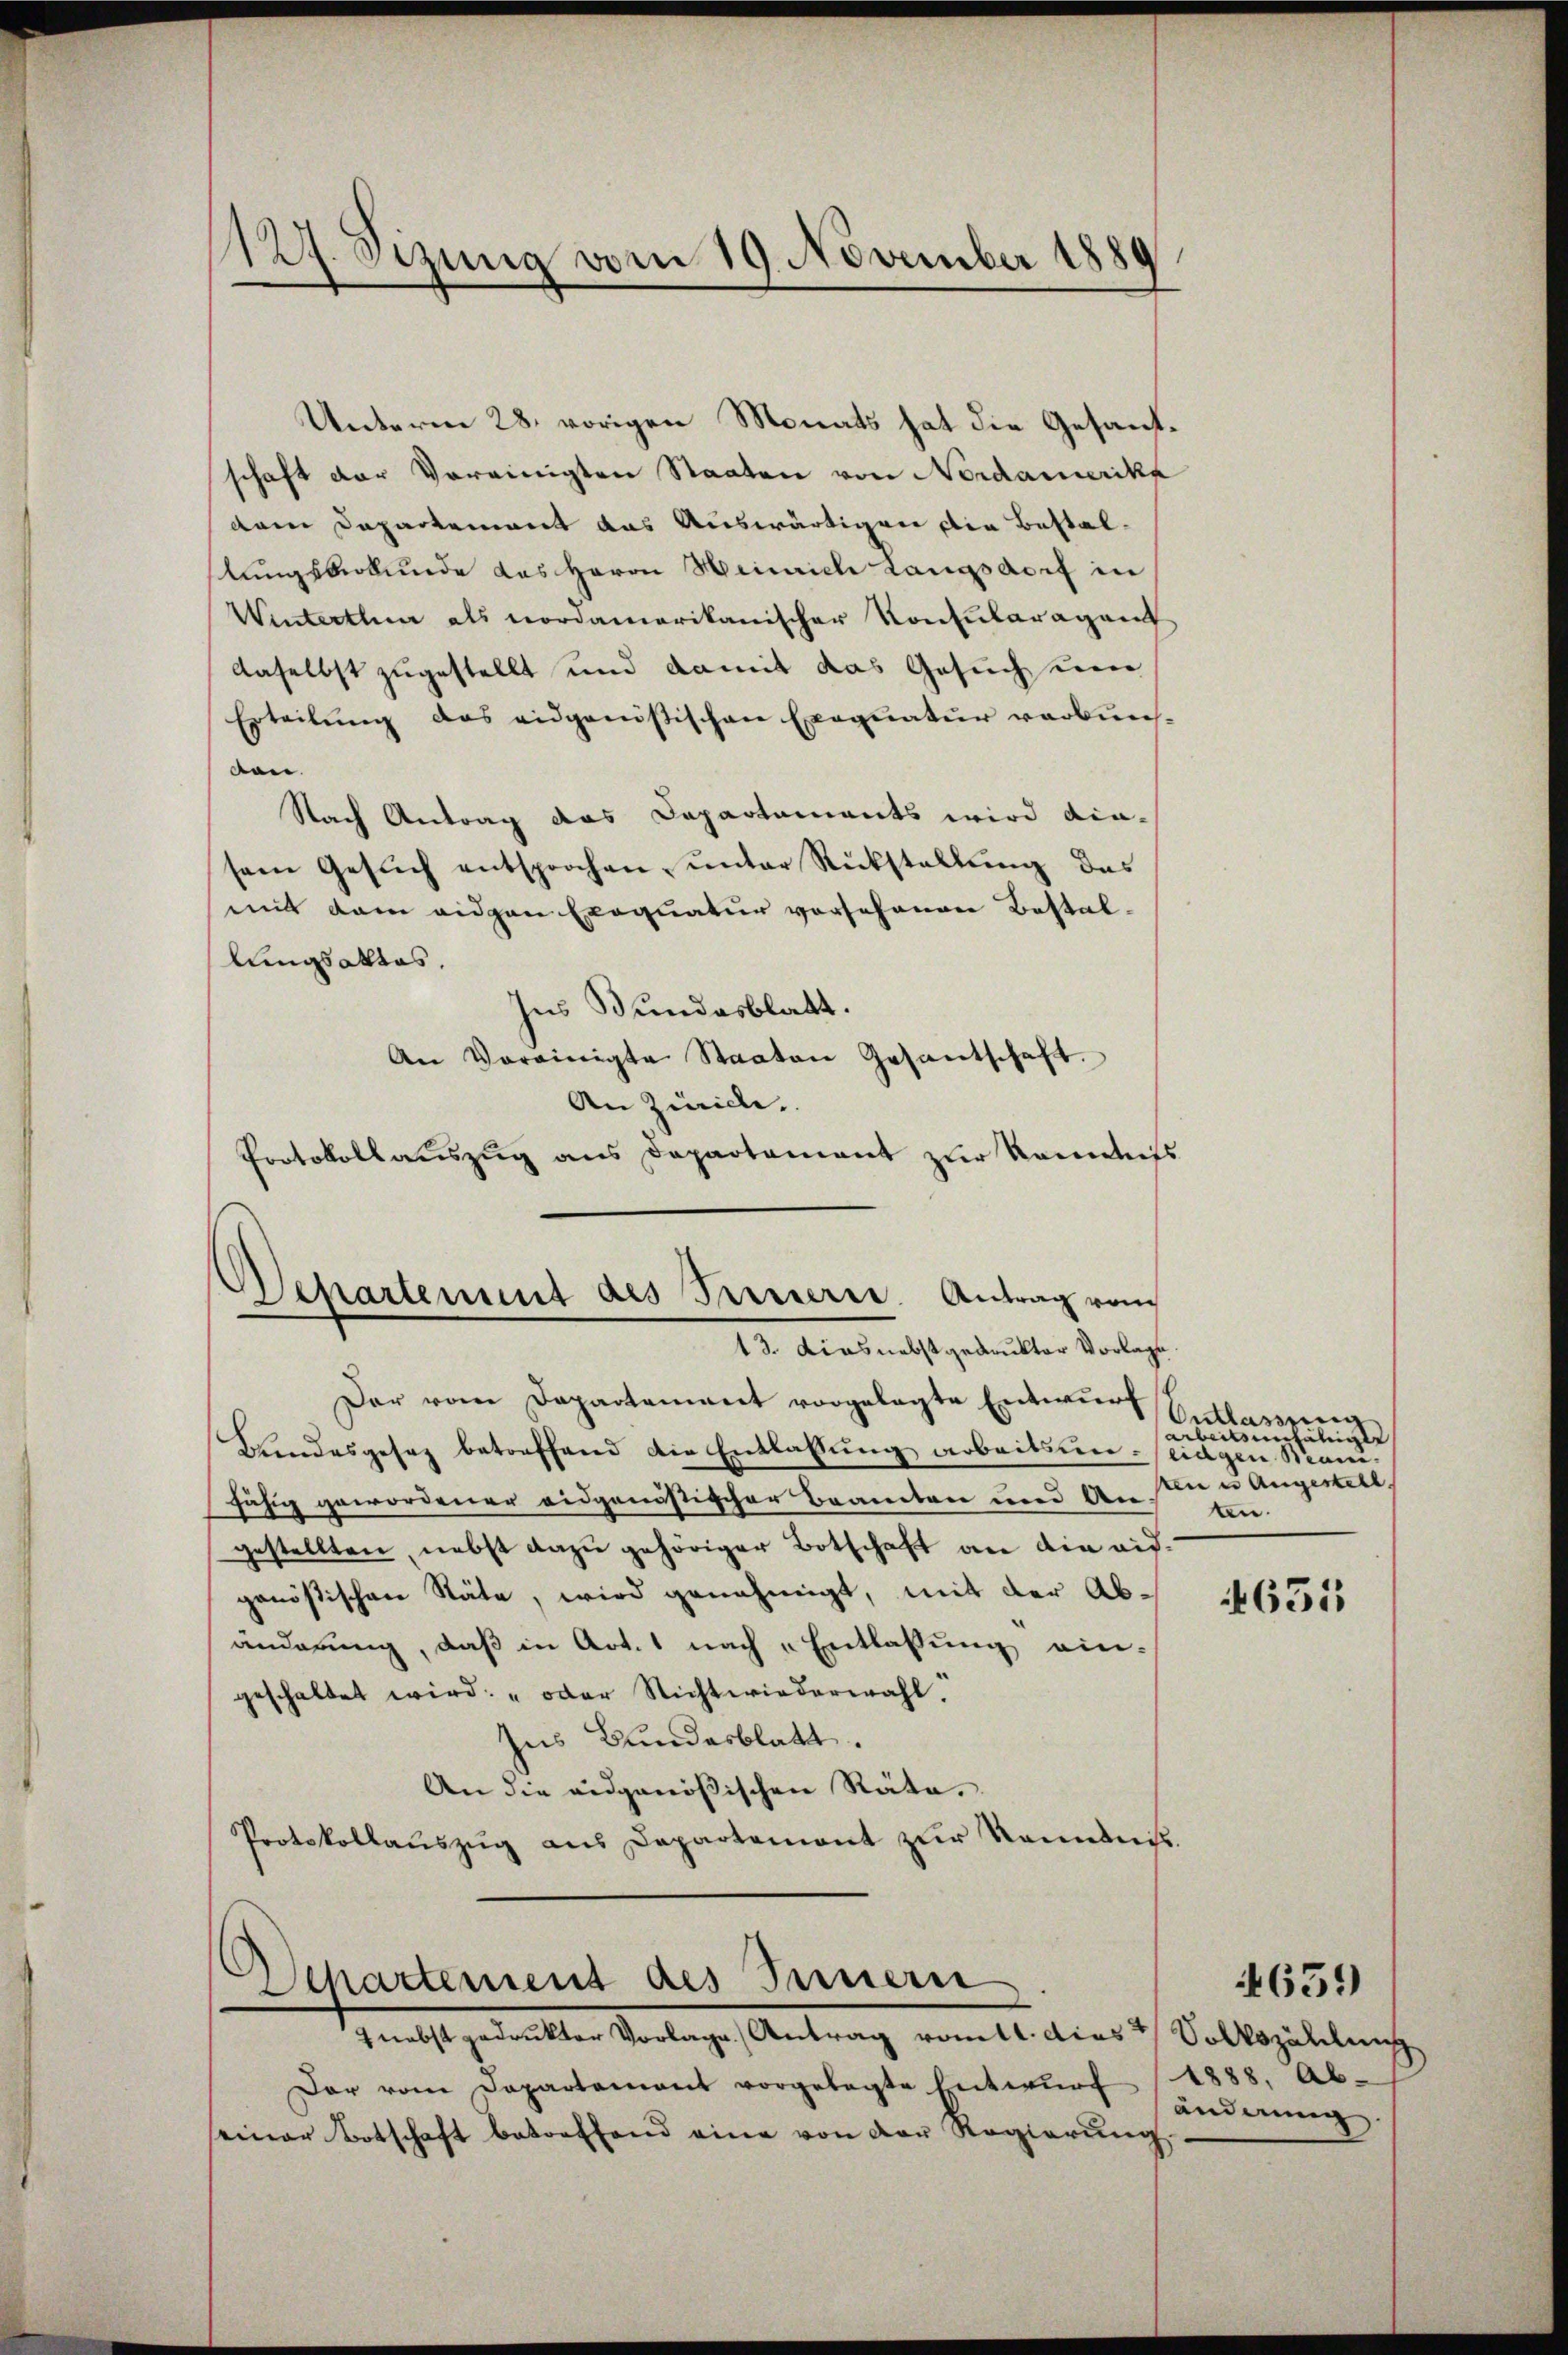
127. Sizung vom 19. November 1889

Unterm 28. vorigen Monats hat die Gesandschaft der Vereinigten Staaten von Nordamerika
dem Departement das Auswärtigen die Bestalstungsberkunde das Herrn Heinrich Langsdorf in
Winterthur als nordamerikanischer Konsularagant
daselbst zugestellt und damit das Gesuch um
Erteilŭng des eidganistischen Exequatur verbun-
ben.
Nach Antrag das Departements wird die-
sem Gesŭch entsprochen, ŭnter Rückstellŭng das
mit dem eidgen Exequatur vorsehenen Bestallungsaktes.
Ins Bundesblatt.
An Vereinigte Staaten Gesantschaft.
An Züricle
Protokollauszug aus Departament zur Kenntniss
epartement des Presserre. Antrag vom

13. dies nebst gedrukter Vorlage

Departement des Innern
 nebst gedrukter Vorlage. Antrag voll. dies

Der vom Departement vorgelegte Entwurf
Landesgesez betreffend die Entlassung arbeitsun-seigen Manifähig gewordener eidgenöstischer Beamten und An
gestellten, nebst dazu gehöriger Botschaft an die ausgenößischen Stäte, wird genehmigt, mit der Abänderung, daß in Art. 1 nach „Entlassung eingeschaltet wird: „oder Nicht wiederwahl.
Ins Bundesblatt.
An die eidgenößischen Räte.
Protokollauszug aus Departemont zur Kenntnis.

Der vom Departement vorgelegte Entwurf
seiner Botschaft betreffend eine von der Regierŭng

Entlassung
arbeitsuntätige
kten in Angestell
ten.

4651

Volkszählung
1888, Ab-
änderung.

4659)